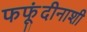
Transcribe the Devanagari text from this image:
फफूंदीनाशी